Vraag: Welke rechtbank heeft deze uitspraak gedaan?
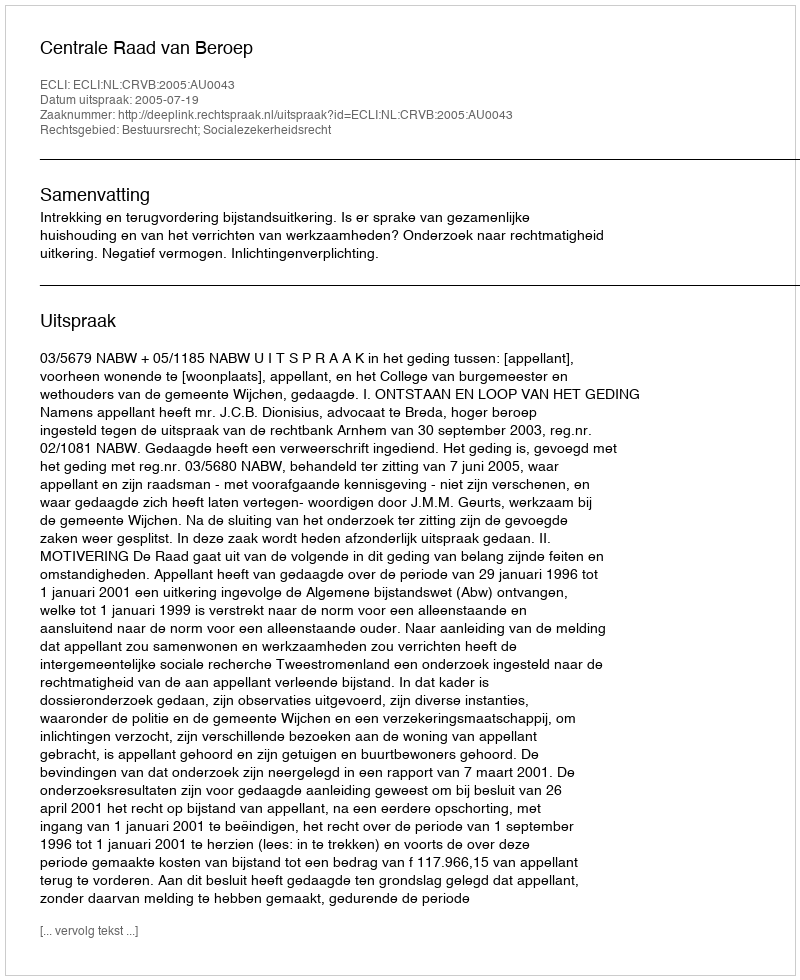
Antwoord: Centrale Raad van Beroep